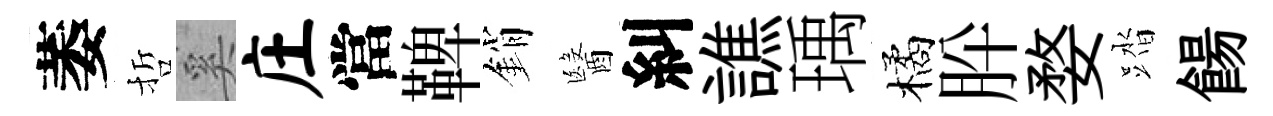
萎哲奚庄當鞞銷醫糾譙瑀橘肸婺踏餳